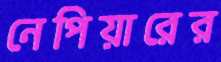
নেপিয়ারের